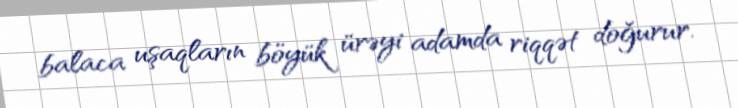
balaca uşaqların böyük ürəyi adamda riqqət doğurur.